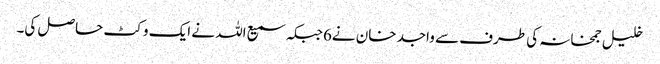
خلیل جمخانہ کی طرف سے واجد خان نے6جبکہ سمیع اللہ نے ایک وکٹ حاصل کی۔